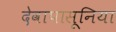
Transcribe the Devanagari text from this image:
देवापासूनिया